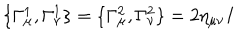
\{ \Gamma _ { \mu } ^ { 1 } , \Gamma _ { \nu } ^ { 1 } \} = \{ \Gamma _ { \mu } ^ { 2 } , \Gamma _ { \nu } ^ { 2 } \} = 2 \eta _ { \mu \nu } I